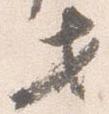
セ